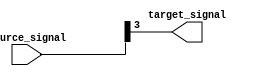
module bit_select_example (
    input [7:0] source_signal,
    output reg target_signal
);

always @* begin
    target_signal = source_signal[3]; // Assign the value of bit 3 from the source_signal to the target_signal
end

endmodule